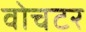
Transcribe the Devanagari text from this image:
वोचटर